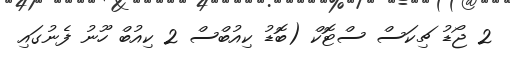
2 ޖޯޑު ޗިކަސް ސްޓޮކް (ބޮޑު ކިއުބްސް 2 ކިއުބް ހޫނު ފެނުގައި